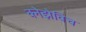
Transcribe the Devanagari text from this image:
क्नेझेविच